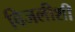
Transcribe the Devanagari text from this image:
विजलीशी